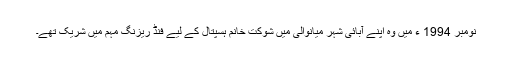
نومبر 1994 ء میں وہ اپنے آبائی شہر میانوالی میں شوکت خانم ہسپتال کے لیے فنڈ ریزنگ مہم میں شریک تھے۔